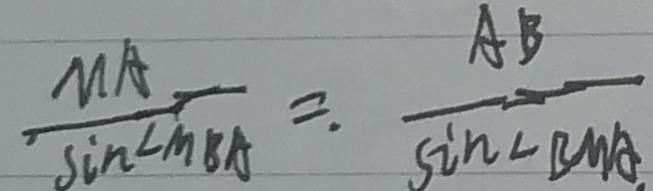
\frac { M A } { \sin \angle M B A } = \frac { A B } { \sin \angle B M A }